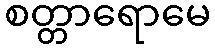
စတ္တာရောမေ